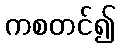
ကစတင်၍